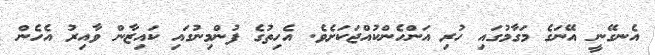
އެނގޭނީ އޭނަގެ މަގާމުގައި ހުރި އަންހެންކުއްޖަކަށެވެ. އެހިތުގެ ފުންމިނުގައި ކައިޒާން ވާއިރު އެހެން